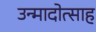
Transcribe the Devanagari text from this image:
उन्मादोत्साह